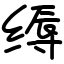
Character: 缛